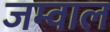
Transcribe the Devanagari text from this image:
जम्वाल